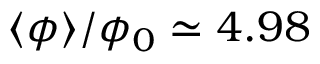
{ \langle \phi \rangle } / \phi _ { 0 } \simeq 4 . 9 8